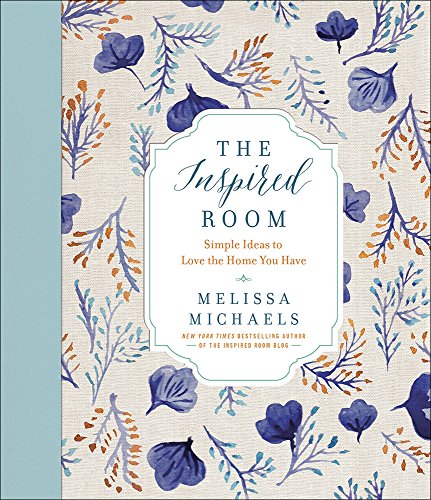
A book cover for The Inspired Room: Simple Ideas to Love the Home You Have; Melissa Michaels; Crafts, Hobbies & Home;